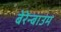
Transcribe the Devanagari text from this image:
बेरेन्बाउम